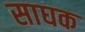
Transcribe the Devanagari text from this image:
साघक